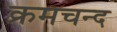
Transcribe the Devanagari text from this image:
क्रमचन्द